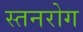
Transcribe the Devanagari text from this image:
स्तनरोग